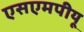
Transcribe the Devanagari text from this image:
एसएमपीयू